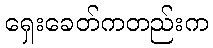
ရှေးခေတ်ကတည်းက